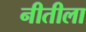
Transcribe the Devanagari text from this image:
नीतीला